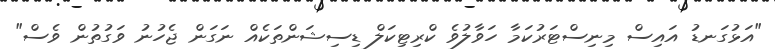
"އަޅުގަނޑު އައިސް މިނިސްޓަރުކަމާ ހަވާލުވެ ކްރިޓިކަލް ޑިސިޝަންތަކެއް ނަގަން ޖެހުނު ވަގުތުން ވެސް"